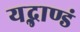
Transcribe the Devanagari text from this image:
यद्भाण्डं